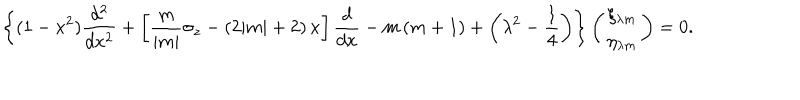
\left\{ ( 1 - x ^ { 2 } ) \frac { d ^ { 2 } } { d x ^ { 2 } } + \left[ \frac m { | m | } \sigma _ { z } - ( 2 | m | + 2 ) \, x \right] \frac d { d x } - m \, ( m + 1 ) + \left( \lambda ^ { 2 } - \frac 1 4 \right) \right\} \left( \begin{array} { c } { { \xi _ { \lambda m } } } \\ { { \eta _ { \lambda m } } } \\ \end{array} \right) = 0 .